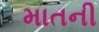
માતની